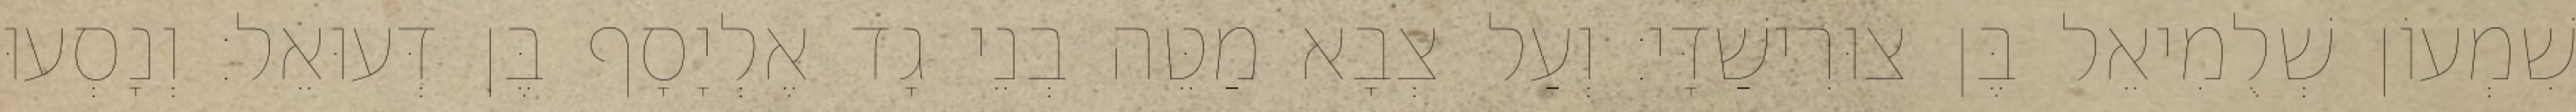
שִׁמְעוֹן שְׁלֻמִיאֵל בֶּן צוּרִישַׁדָּי׃ וְעַל צְבָא מַטֵּה בְנֵי גָד אֶלְיָסָף בֶּן דְּעוּאֵל׃ וְנָסְעוּ